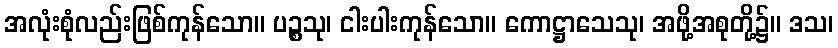
အလုံးစုံလည်းဖြစ်ကုန်သော။ ပဉ္စသု၊ ငါးပါးကုန်သော။ ကောဋ္ဌာသေသု၊ အဖို့အစုတို့၌။ ဒသ၊